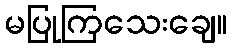
မပြုကြသေးချေ။